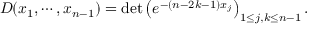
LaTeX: D ( x _ { 1 } , \cdots , x _ { n - 1 } ) = \operatorname * { d e t } \left( e ^ { - ( n - 2 k - 1 ) x _ { j } } \right) _ { 1 \le j , k \le n - 1 } .